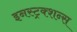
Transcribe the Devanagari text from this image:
इनस्ट्रक्शन्स